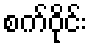
စက်ဝိုင်း